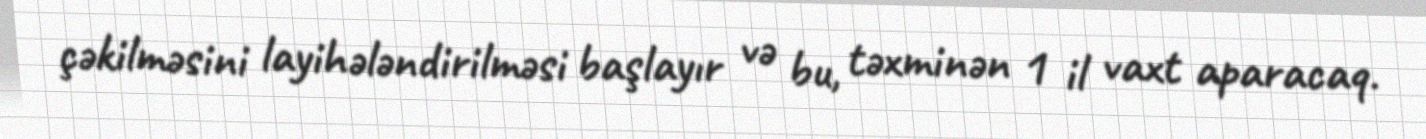
çəkilməsini layihələndirilməsi başlayır və bu, təxminən 1 il vaxt aparacaq.